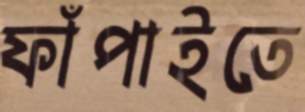
ফাঁপাইতে